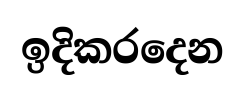
ඉදිකරදෙන